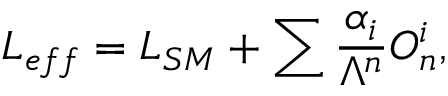
{ \cal L } _ { e f f } = { \cal L } _ { S M } + \sum { \frac { \alpha _ { i } } { \Lambda ^ { n } } } O _ { n } ^ { i } ,